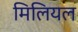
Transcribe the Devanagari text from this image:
मिलियल